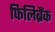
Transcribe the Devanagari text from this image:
फिलिब्रैंक